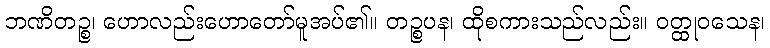
ဘဏိတဉ္စ၊ ဟောလည်းဟောတော်မူအပ်၏။ တဉ္စပန၊ ထိုစကားသည်လည်း။ ဝတ္ထုဝသေန၊